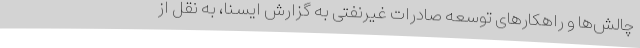
چالش‌ها و راهکارهای توسعه صادرات غیرنفتی به گزارش ایسنا، به نقل از